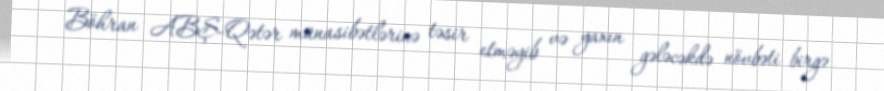
Böhran ABŞ-Qətər münasibətlərinə təsir etməyib və yaxın gələcəkdə növbəti birgə